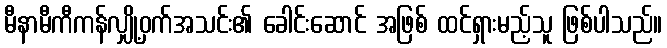
မီနာမီကီကန်လျှို့ဝှက်အသင်း၏ ခေါင်းဆောင် အဖြစ် ထင်ရှားမည့်သူ ဖြစ်ပါသည်။